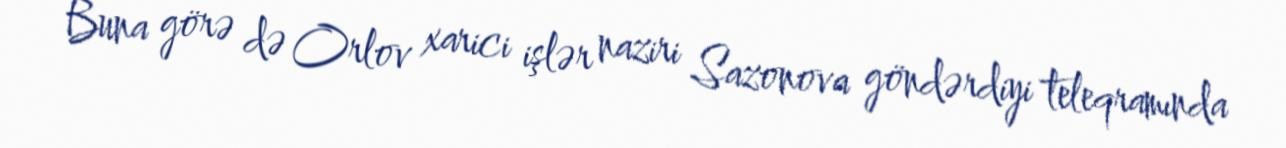
Buna görə də Orlov xarici işlər naziri Sazonova göndərdiyi teleqramında